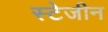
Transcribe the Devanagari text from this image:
स्टेजीन